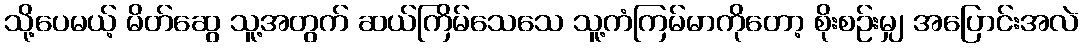
သို့ပေမယ့် မိတ်ဆွေ သူ့အတွက် ဆယ်ကြိမ်သေသေ သူ့ကံကြမ်မာကိုတော့ စိုးစဉ်းမျှ အပြောင်းအလဲ